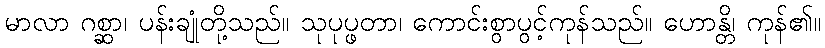
မာလာ ဂစ္ဆာ၊ ပန်းချုံတို့သည်။ သုပုပ္ဖတာ၊ ကောင်းစွာပွင့်ကုန်သည်။ ဟောန္တိ၊ ကုန်၏။